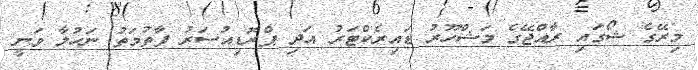
މިރޭގެ ޝޯގައި ރާއްޖޭގެ މަޝްހޫރު ޑައިރެކްޓަރު އަދި ޕްރޮޑިއުސަރު ފާތުމަތު ނަހުލާ ވަނީ